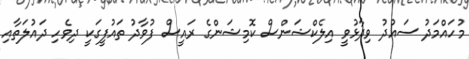
މުހައްމަދު ސައުދު ވިދާޅުވީ އިލެކްޝަންސް ކޮމިޝަންގެ ރައީސް ފުވާދު ތައުފީގަކީ ދިވެހި ދައުލަތާއި